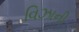
વિઝાની